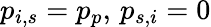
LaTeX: p_{i,s}=p_{p},\, p_{s,i}=0